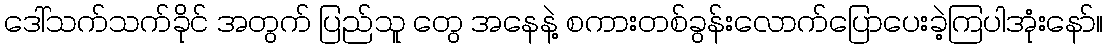
ဒေါ်သက်သက်ခိုင် အတွက် ပြည်သူ တွေ အနေနဲ့ စကားတစ်ခွန်းလောက်ပြောပေးခဲ့ကြပါအုံးနော်။